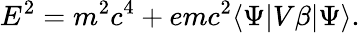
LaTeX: E^{2}=m^{2}c^{4}+emc^{2}\langle\Psi|V\beta|\Psi\rangle.